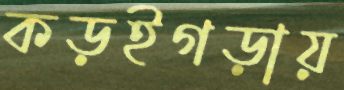
কড়ইগড়ায়